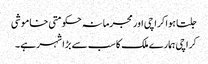
جلتا ہوا کراچی اور مجرمانہ حکومتی خاموشی
کراچی ہمارے ملک کا سب سے بڑا شہر ہے۔